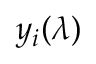
y _ { i } ( \boldsymbol { \lambda } )